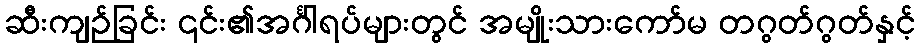
ဆီးကျဉ်ခြင်း ၎င်း၏အင်္ဂါရပ်များတွင် အမျိုးသားကော်မ တဂွတ်ဂွတ်နှင့်